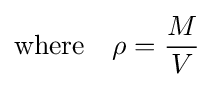
{\text{where}}\quad \rho ={\frac {M}{V}}